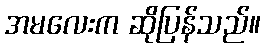
အမလေးက ဆိုပြန်သည်။